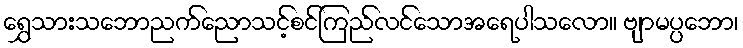
ရွှေသားသဘောညက်ညောသင့်စင်ကြည်လင်သောအရေပါသလော။ ဗျာမပ္ပဘော၊